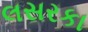
લસરકા